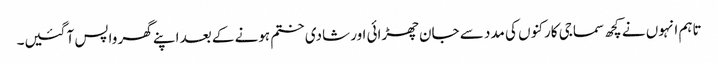
تاہم انہوں نے کچھ سماجی کارکنوں کی مدد سے جان چھڑائی اور شادی ختم ہونے کے بعد اپنے گھر واپس آ گئیں۔